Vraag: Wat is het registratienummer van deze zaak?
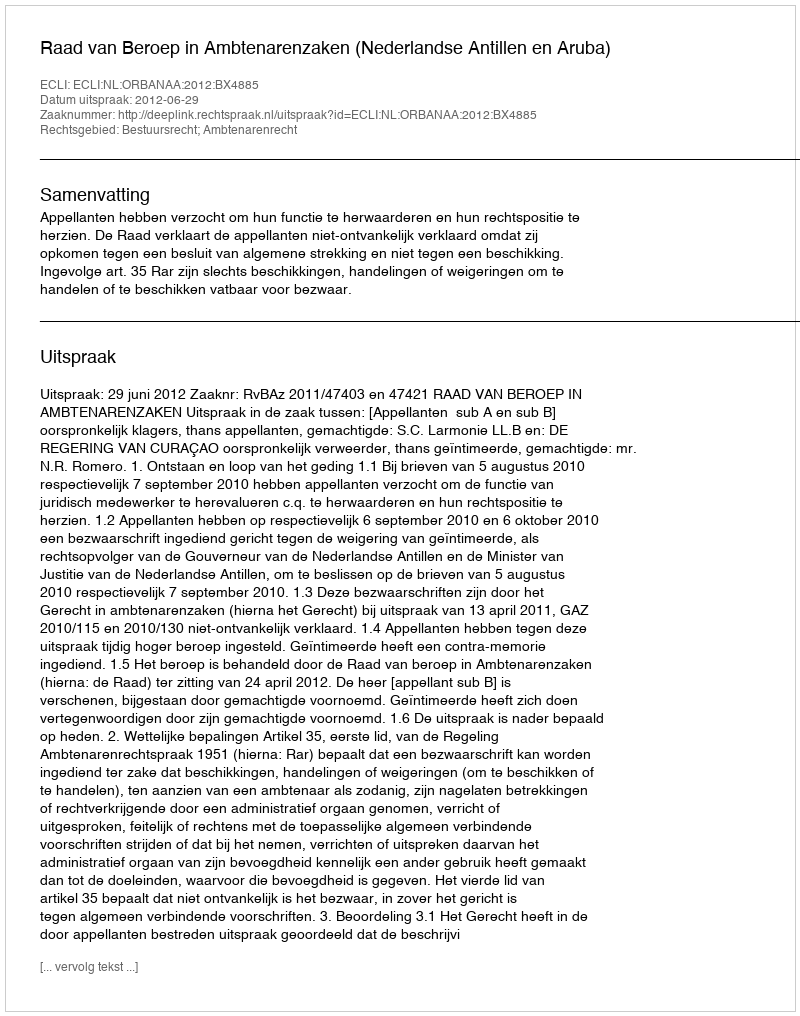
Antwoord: http://deeplink.rechtspraak.nl/uitspraak?id=ECLI:NL:ORBANAA:2012:BX4885